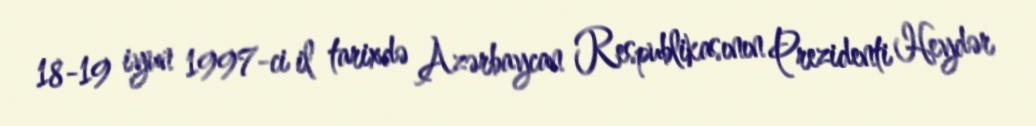
18-19 iyun 1997-ci il tarixdə Azərbaycan Respublikasının Prezidenti Heydər